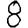
Digit: 8